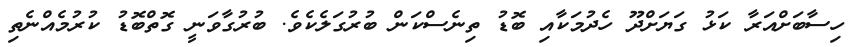
ހިސާބަށްއަރާ ކަޅު ގަޔަށްދޫ ހެދުމަކާއި ބޮޑު ތިނެސްކަން ބުރުގަލެކެވެ. ބުރުގާވަނީ ގޮތްބޮޑު ކުރުމެއްނެތި